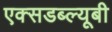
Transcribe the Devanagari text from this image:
एक्सडब्ल्यूबी